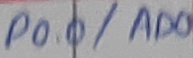
Text: P0.0/AD0